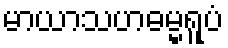
မာယာသဟဓမ္မရူပံ